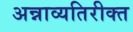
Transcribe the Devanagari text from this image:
अन्नाव्यतिरीक्त